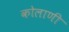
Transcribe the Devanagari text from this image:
कोलाणी